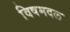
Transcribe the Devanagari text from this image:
विषमदल